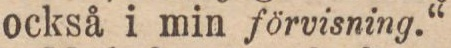
också i min förvisning.“